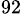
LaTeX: _{92}